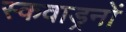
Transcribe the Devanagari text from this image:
स्कवाड्रनों